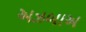
અઝબાઅ